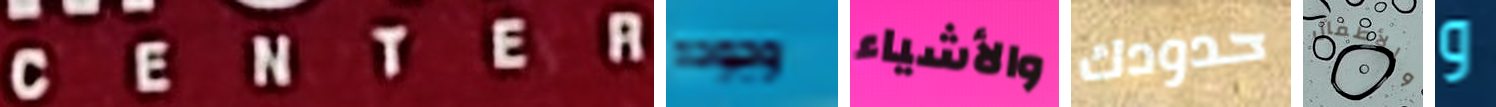
CENTER وجوده والأشياء حدودك والأطفال و